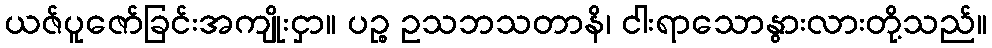
ယဇ်ပူဇော်ခြင်းအကျိုးငှာ။ ပဉ္စ ဥသဘသတာနိ၊ ငါးရာသောနွားလားတို့သည်။